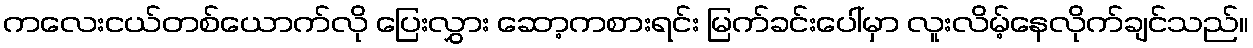
ကလေးငယ်တစ်ယောက်လို ပြေးလွှား ဆော့ကစားရင်း မြက်ခင်းပေါ်မှာ လူးလိမ့်နေလိုက်ချင်သည်။